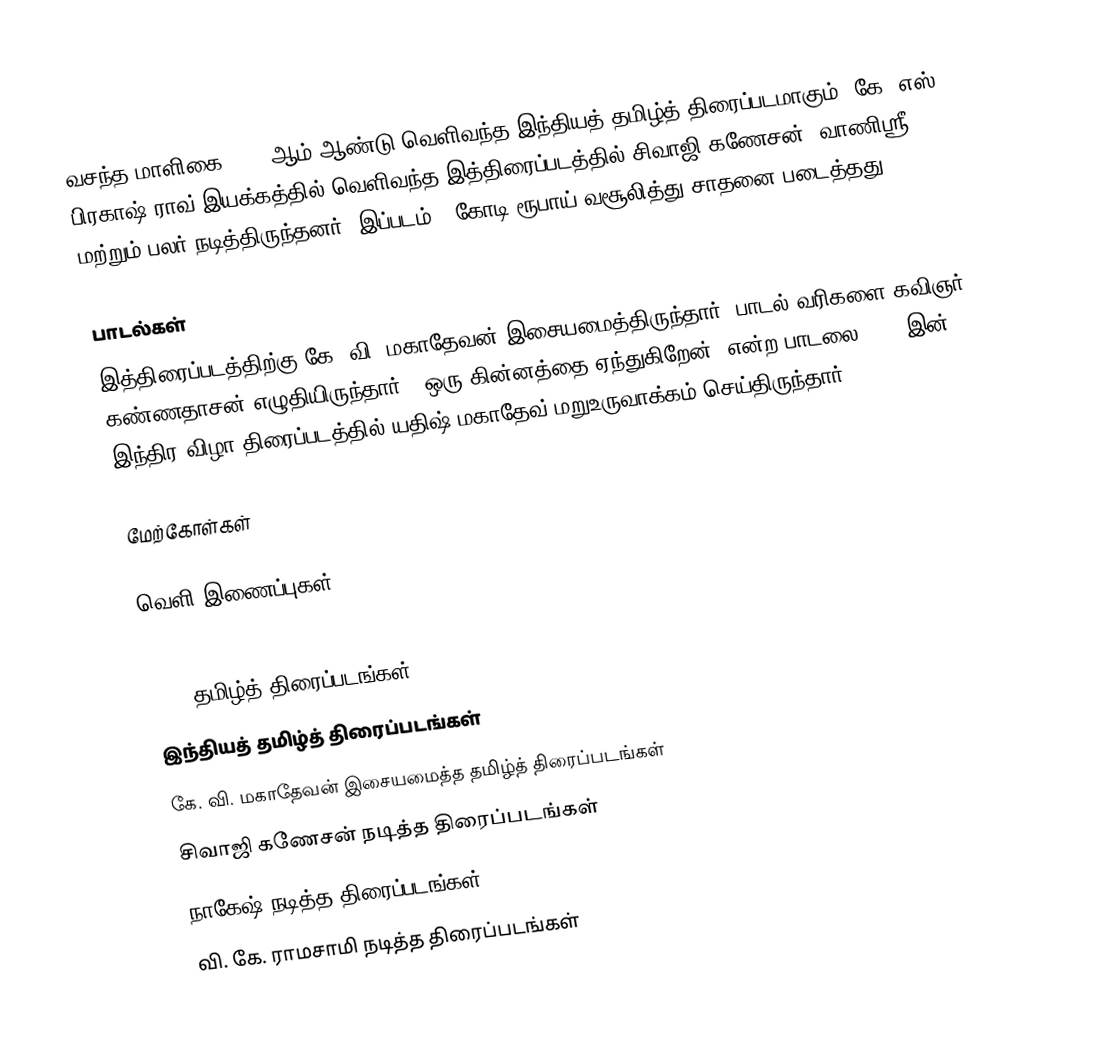
வசந்த மாளிகை 1972 ஆம் ஆண்டு வெளிவந்த இந்தியத் தமிழ்த் திரைப்படமாகும். கே. எஸ். பிரகாஷ் ராவ் இயக்கத்தில் வெளிவந்த இத்திரைப்படத்தில் சிவாஜி கணேசன், வாணிஸ்ரீ மற்றும் பலர் நடித்திருந்தனர். இப்படம் 1 கோடி ரூபாய் வசூலித்து சாதனை படைத்தது.

பாடல்கள்
இத்திரைப்படத்திற்கு கே. வி. மகாதேவன் இசையமைத்திருந்தார். பாடல் வரிகளை கவிஞர் கண்ணதாசன் எழுதியிருந்தார்.  "ஒரு கின்னத்தை ஏந்துகிறேன்" என்ற பாடலை 2009 இன் இந்திர விழா திரைப்படத்தில் யதிஷ் மகாதேவ் மறுஉருவாக்கம் செய்திருந்தார்.

மேற்கோள்கள்

வெளி இணைப்புகள்

1972 தமிழ்த் திரைப்படங்கள்
இந்தியத் தமிழ்த் திரைப்படங்கள்
கே. வி. மகாதேவன் இசையமைத்த தமிழ்த் திரைப்படங்கள்
சிவாஜி கணேசன் நடித்த திரைப்படங்கள்
நாகேஷ் நடித்த திரைப்படங்கள்
வி. கே. ராமசாமி நடித்த திரைப்படங்கள்